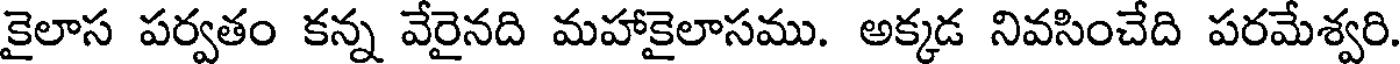
కైలాస పర్వతం కన్న వేరైనది మహాకైలాసము. అక్కడ నివసించేది పరమేశ్వరి